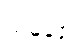
သမုဒ္ဒေါ